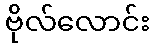
ဗိုလ်လောင်း